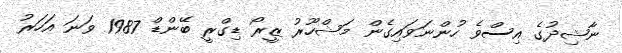
ނާޝިދުގެ އިސްވެ ހުންނަވައިގެން މަޝްހޫރު ޒީރޯ ޑިގްރީ ބޭންޑް 1987 ވަނަ އަހަރު